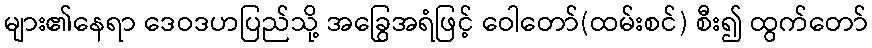
များ၏နေရာ ဒေဝဒဟပြည်သို့ အခြွေအရံဖြင့် ဝေါတော်(ထမ်းစင်) စီး၍ ထွက်တော်